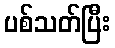
ပစ်သတ်ပြီး